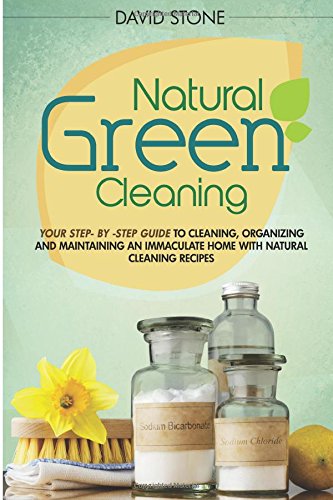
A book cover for Natural Green Cleaning: Your Step-By-Step Guide to Cleaning, Organizing, and Maintaining an Immaculate Home with Natural Cleaning Recipes; David Stone; Crafts, Hobbies & Home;